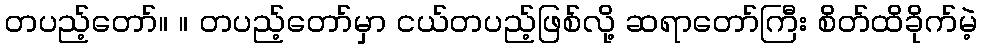
တပည့်တော်။ ။ တပည့်တော်မှာ ငယ်တပည့်ဖြစ်လို့ ဆရာတော်ကြီး စိတ်ထိခိုက်မဲ့